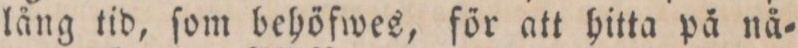
lång tid, ſom behöfwes, för att hitta på nå=